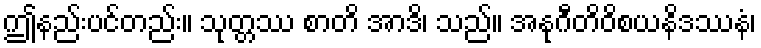
ဤနည်းပင်တည်း။ သုတ္တဿ စာတိ အာဒိ၊ သည်။ အနုဂီတိဝိစယနိဒဿနံ၊